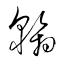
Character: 翰